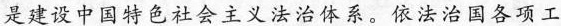
是建设中国特色社会主义法治体系。依法治国各项工